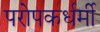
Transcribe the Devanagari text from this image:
परोपकर्धर्मी